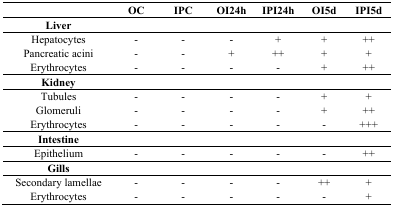
<table><thead><tr><td></td><td><b>OC</b></td><td><b>IPC</b></td><td><b>OI24h</b></td><td><b>IPI24h</b></td><td><b>OI5d</b></td><td><b>IPI5d</b></td></tr></thead><tbody><tr><td><b>Liver</b></td><td></td><td></td><td></td><td></td><td></td><td></td></tr><tr><td>Hepatocytes</td><td>-</td><td>-</td><td>-</td><td>+</td><td>+</td><td>++</td></tr><tr><td>Pancreatic acini</td><td>-</td><td>-</td><td>+</td><td>++</td><td>+</td><td>+</td></tr><tr><td>Erythrocytes</td><td>-</td><td>-</td><td>-</td><td>-</td><td>+</td><td>++</td></tr><tr><td><b>Kidney</b></td><td></td><td></td><td></td><td></td><td></td><td></td></tr><tr><td>Tubules</td><td>-</td><td>-</td><td>-</td><td>-</td><td>+</td><td>+</td></tr><tr><td>Glomeruli</td><td>-</td><td>-</td><td>-</td><td>-</td><td>+</td><td>++</td></tr><tr><td>Erythrocytes</td><td>-</td><td>-</td><td>-</td><td>-</td><td>-</td><td>+++</td></tr><tr><td><b>Intestine</b></td><td></td><td></td><td></td><td></td><td></td><td></td></tr><tr><td>Epithelium</td><td>-</td><td>-</td><td>-</td><td>-</td><td>-</td><td>++</td></tr><tr><td><b>Gills</b></td><td></td><td></td><td></td><td></td><td></td><td></td></tr><tr><td>Secondary lamellae</td><td>-</td><td>-</td><td>-</td><td>-</td><td>++</td><td>+</td></tr><tr><td>Erythrocytes</td><td>-</td><td>-</td><td>-</td><td>-</td><td>-</td><td>+</td></tr></tbody></table>